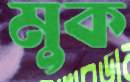
মুক